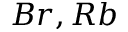
B r , R b